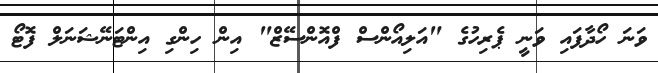
ވަނަ ހޯދާފައި ވަނީ ޕެރިހުގެ "އަލިއޯންސް ފްއޮންސޭޒް" އިން ހިންގި އިންޓަނޭޝަނަލް ފޮޓޯ